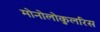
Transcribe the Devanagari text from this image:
मोनोलोकुलरिस